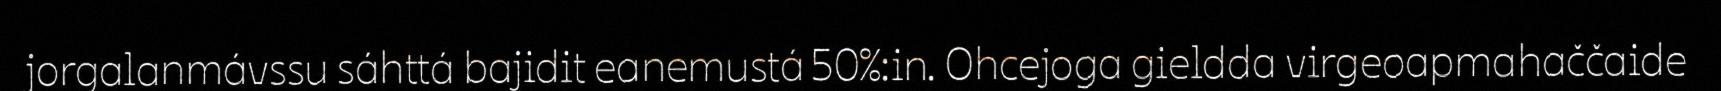
jorgalanmávssu sáhttá bajidit eanemustá 50%:in. Ohcejoga gieldda virgeoapmahaččaide